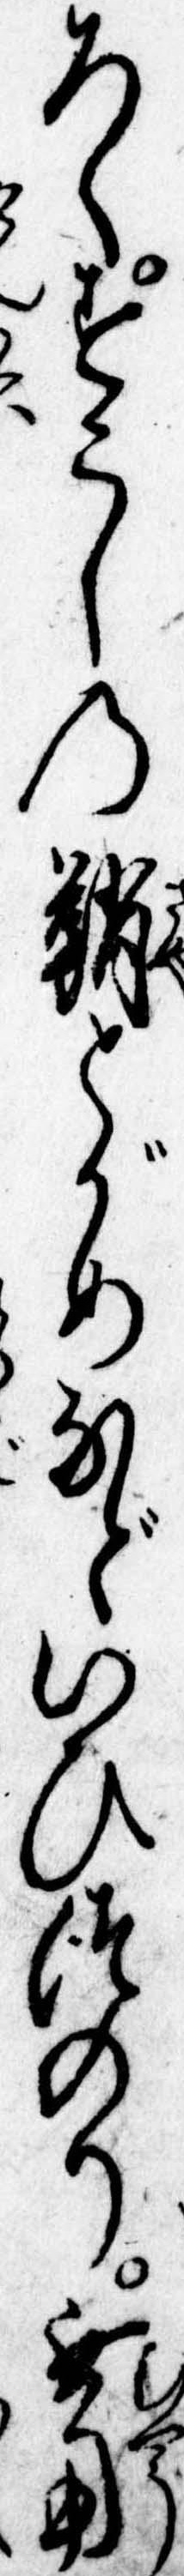
ろくすこしの鞘とがめなどいひつのり無用